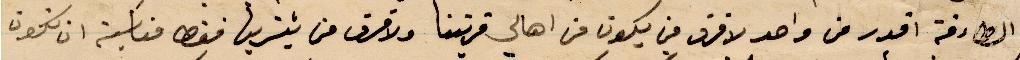
الطاءفة اقدر من واحد لا فرق من يكون من أهالي قريتنا ولا فرق من يشتريها فقط مناسبة ان تكون